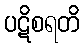
ပဋိစရတိ